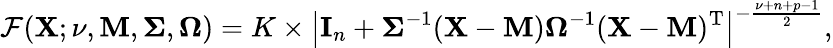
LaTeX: \mathcal{F}(\mathbf{{X}};\nu,\mathbf{{M}},{\boldsymbol{\Sigma}},{\boldsymbol{\Omega}})=K\times\left|\mathbf{{I}}_{n}+{\boldsymbol{\Sigma}}^{-1}(\mathbf{{X}}-\mathbf{{M}}){\boldsymbol{\Omega}}^{-1}(\mathbf{{X}}-\mathbf{{M}})^{\mathrm{{{T}}}}\right|^{-{\frac{{\nu+n+p-1}}{{2}}}},